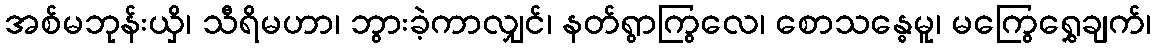
အစ်မဘုန်းယှိ၊ သီရိမဟာ၊ ဘွားခဲ့ကာလျှင်၊ နတ်ရွာကြွလေ၊ စောသန္ဓေမူ၊ မကြွေရွှေချက်၊